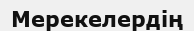
Мерекелердің